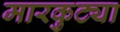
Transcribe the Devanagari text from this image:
मारकुट्या